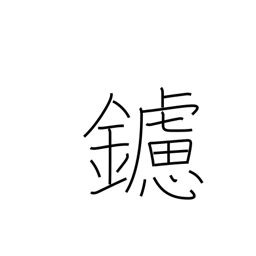
Meaning: rasp